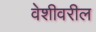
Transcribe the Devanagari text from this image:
वेशीवरील